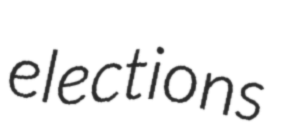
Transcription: elections